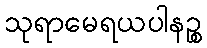
သုရာမေရယပါနဉ္စ